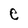
Character: e